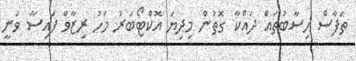
ތަފާސް ހިސާބުތައް ދައްކާ ގޮތުން މިދިޔަ އޮކްޓޯބަރު މަހު ރިޒާވް ފައިސާ ވަނީ